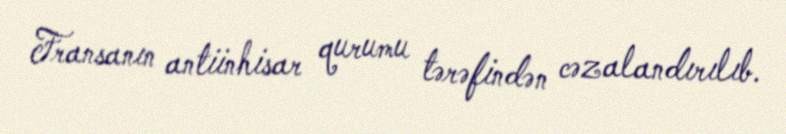
Fransanın antiinhisar qurumu tərəfindən cəzalandırılıb.